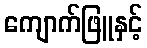
ကျောက်ဖြူနှင့်